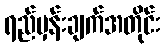
ရည်မှန်းချက်အတိုင်း